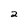
Character: 2